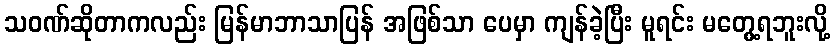
သဝဏ်ဆိုတာကလည်း မြန်မာဘာသာပြန် အဖြစ်သာ ပေမှာ ကျန်ခဲ့ပြီး မူရင်း မတွေ့ရဘူးလို့